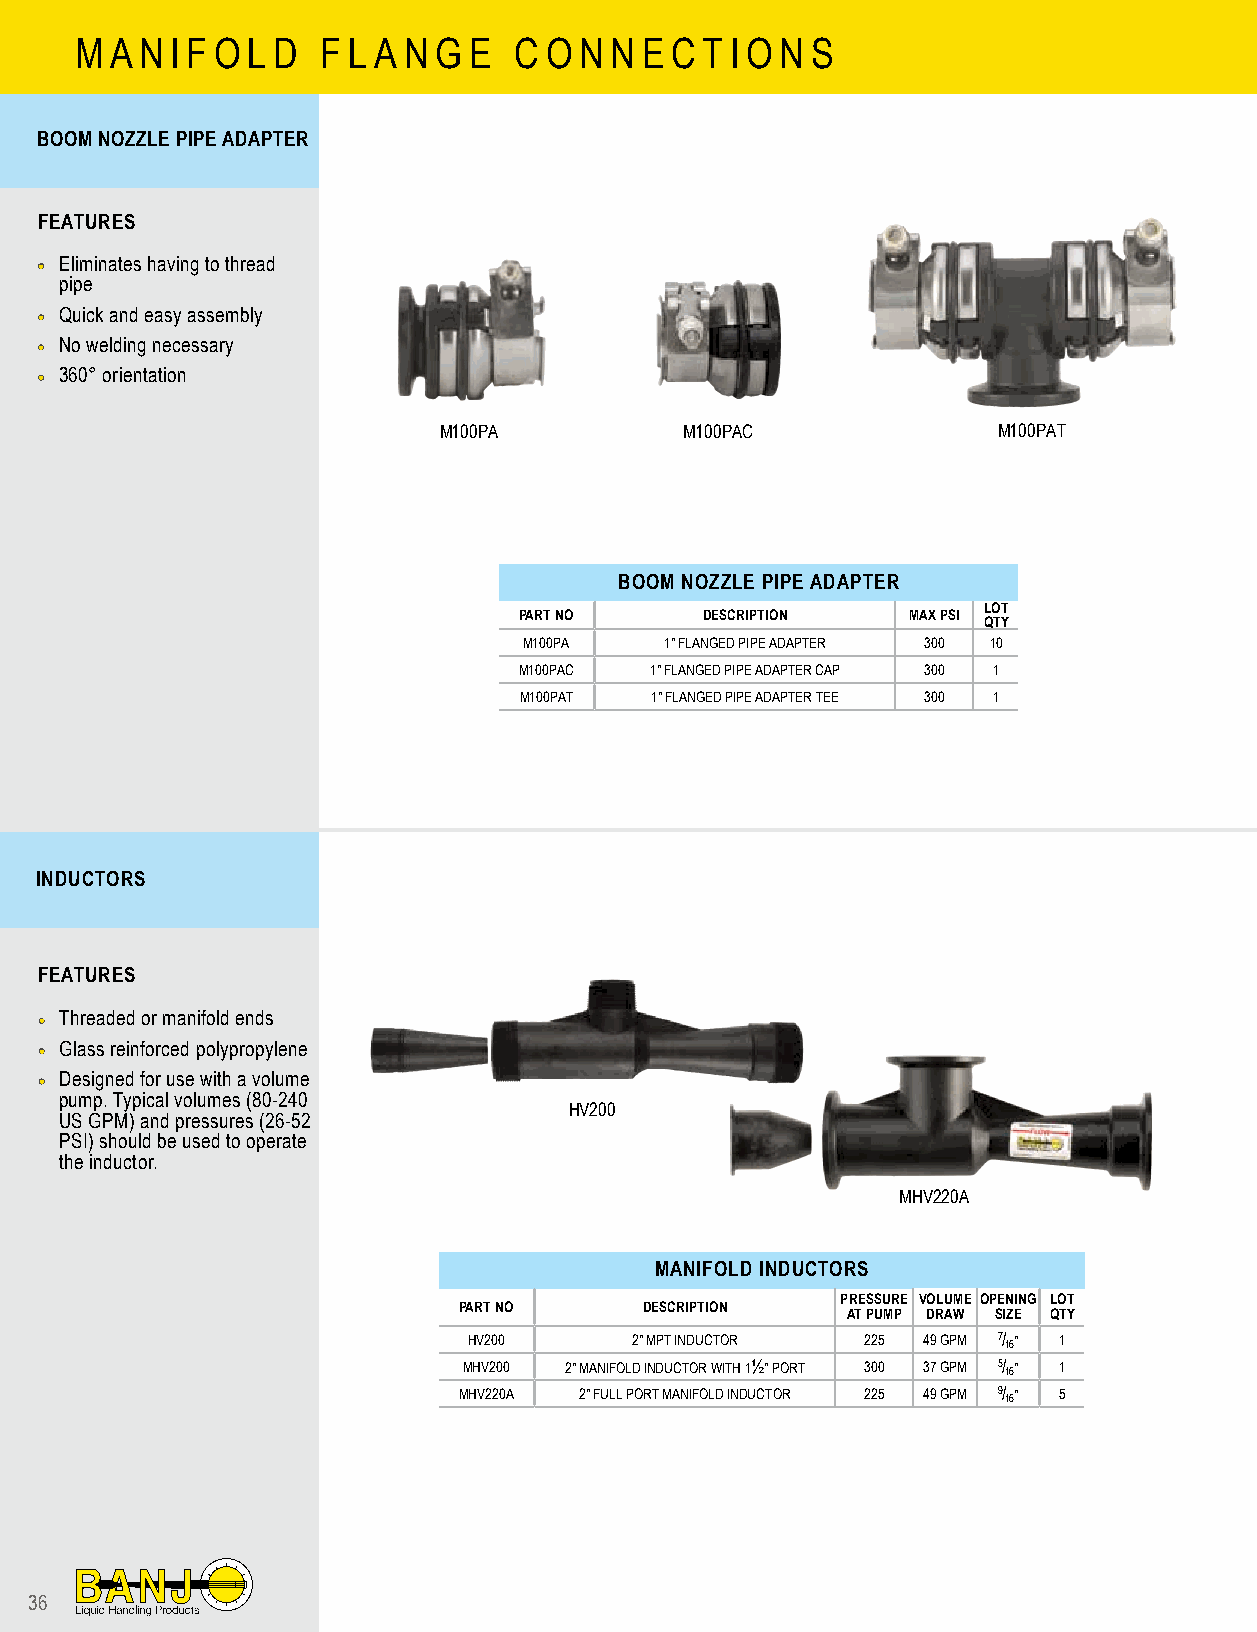
M A N I F O L D F L A N G E  C O N N E C T I O N S
 BOOM NOZZLE PIPE ADAPTER
 FEATURES
 •• Eliminates having to thread
 pipe
 •• Quick and easy assembly
 •• No welding necessary
 •• 360° orientation
 M100PA          M100PAC              M100PAT
 BOOM NOZZLE PIPE ADAPTER
 LOT
 PART NO     DESCRIPTION   MAX PSI
 QTY
 M100PA   1" FLANGED PIPE ADAPTER 300 10
 M100PAC  1" FLANGED PIPE ADAPTER CAP 300 1
 M100PAT  1" FLANGED PIPE ADAPTER TEE 300 1
 INDUCTORS
 FEATURES
 •• Threaded or manifold ends
 •• Glass reinforced polypropylene
 •• Designed for use with a volume
 pump. Typical volumes (80-240
 HV200
 US GPM) and pressures (26-52
 PSI) should be used to operate
 the inductor.
 MHV220A
 MANIFOLD INDUCTORS
 PRESSURE VOLUME OPENING LOT
 PART NO      DESCRIPTION
 AT PUMP DRAW SIZE QTY
 HV200      2" MPT INDUCTOR 225 49 GPM 7/ 16" 1
 MHV200 2" MANIFOLD INDUCTOR WITH 1½" PORT 300 37 GPM 5/ 16" 1
 MHV220A 2" FULL PORT MANIFOLD INDUCTOR 225 49 GPM 9/ 16" 5
 36